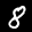
Label: 8